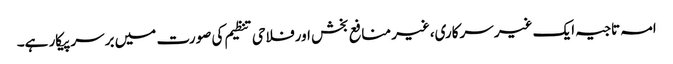
امہ تاجیہ ایک غیر سرکاری،غیر منافع بخش اورفلاحی تنظیم کی صورت میں برسرپیکار ہے۔